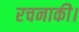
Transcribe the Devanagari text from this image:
रचनाकी।